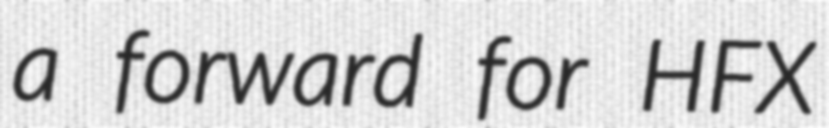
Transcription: a forward for HFX